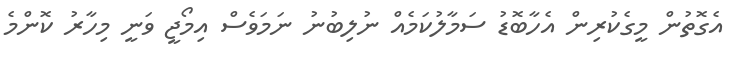
އެގޮތުން މީގެކުރިން އެހާބޮޑު ސަމާލުކަމެއް ނުލިބުނު ނަމަވެސް އިމޯޖީ ވަނީ މިހާރު ކޮންމެ